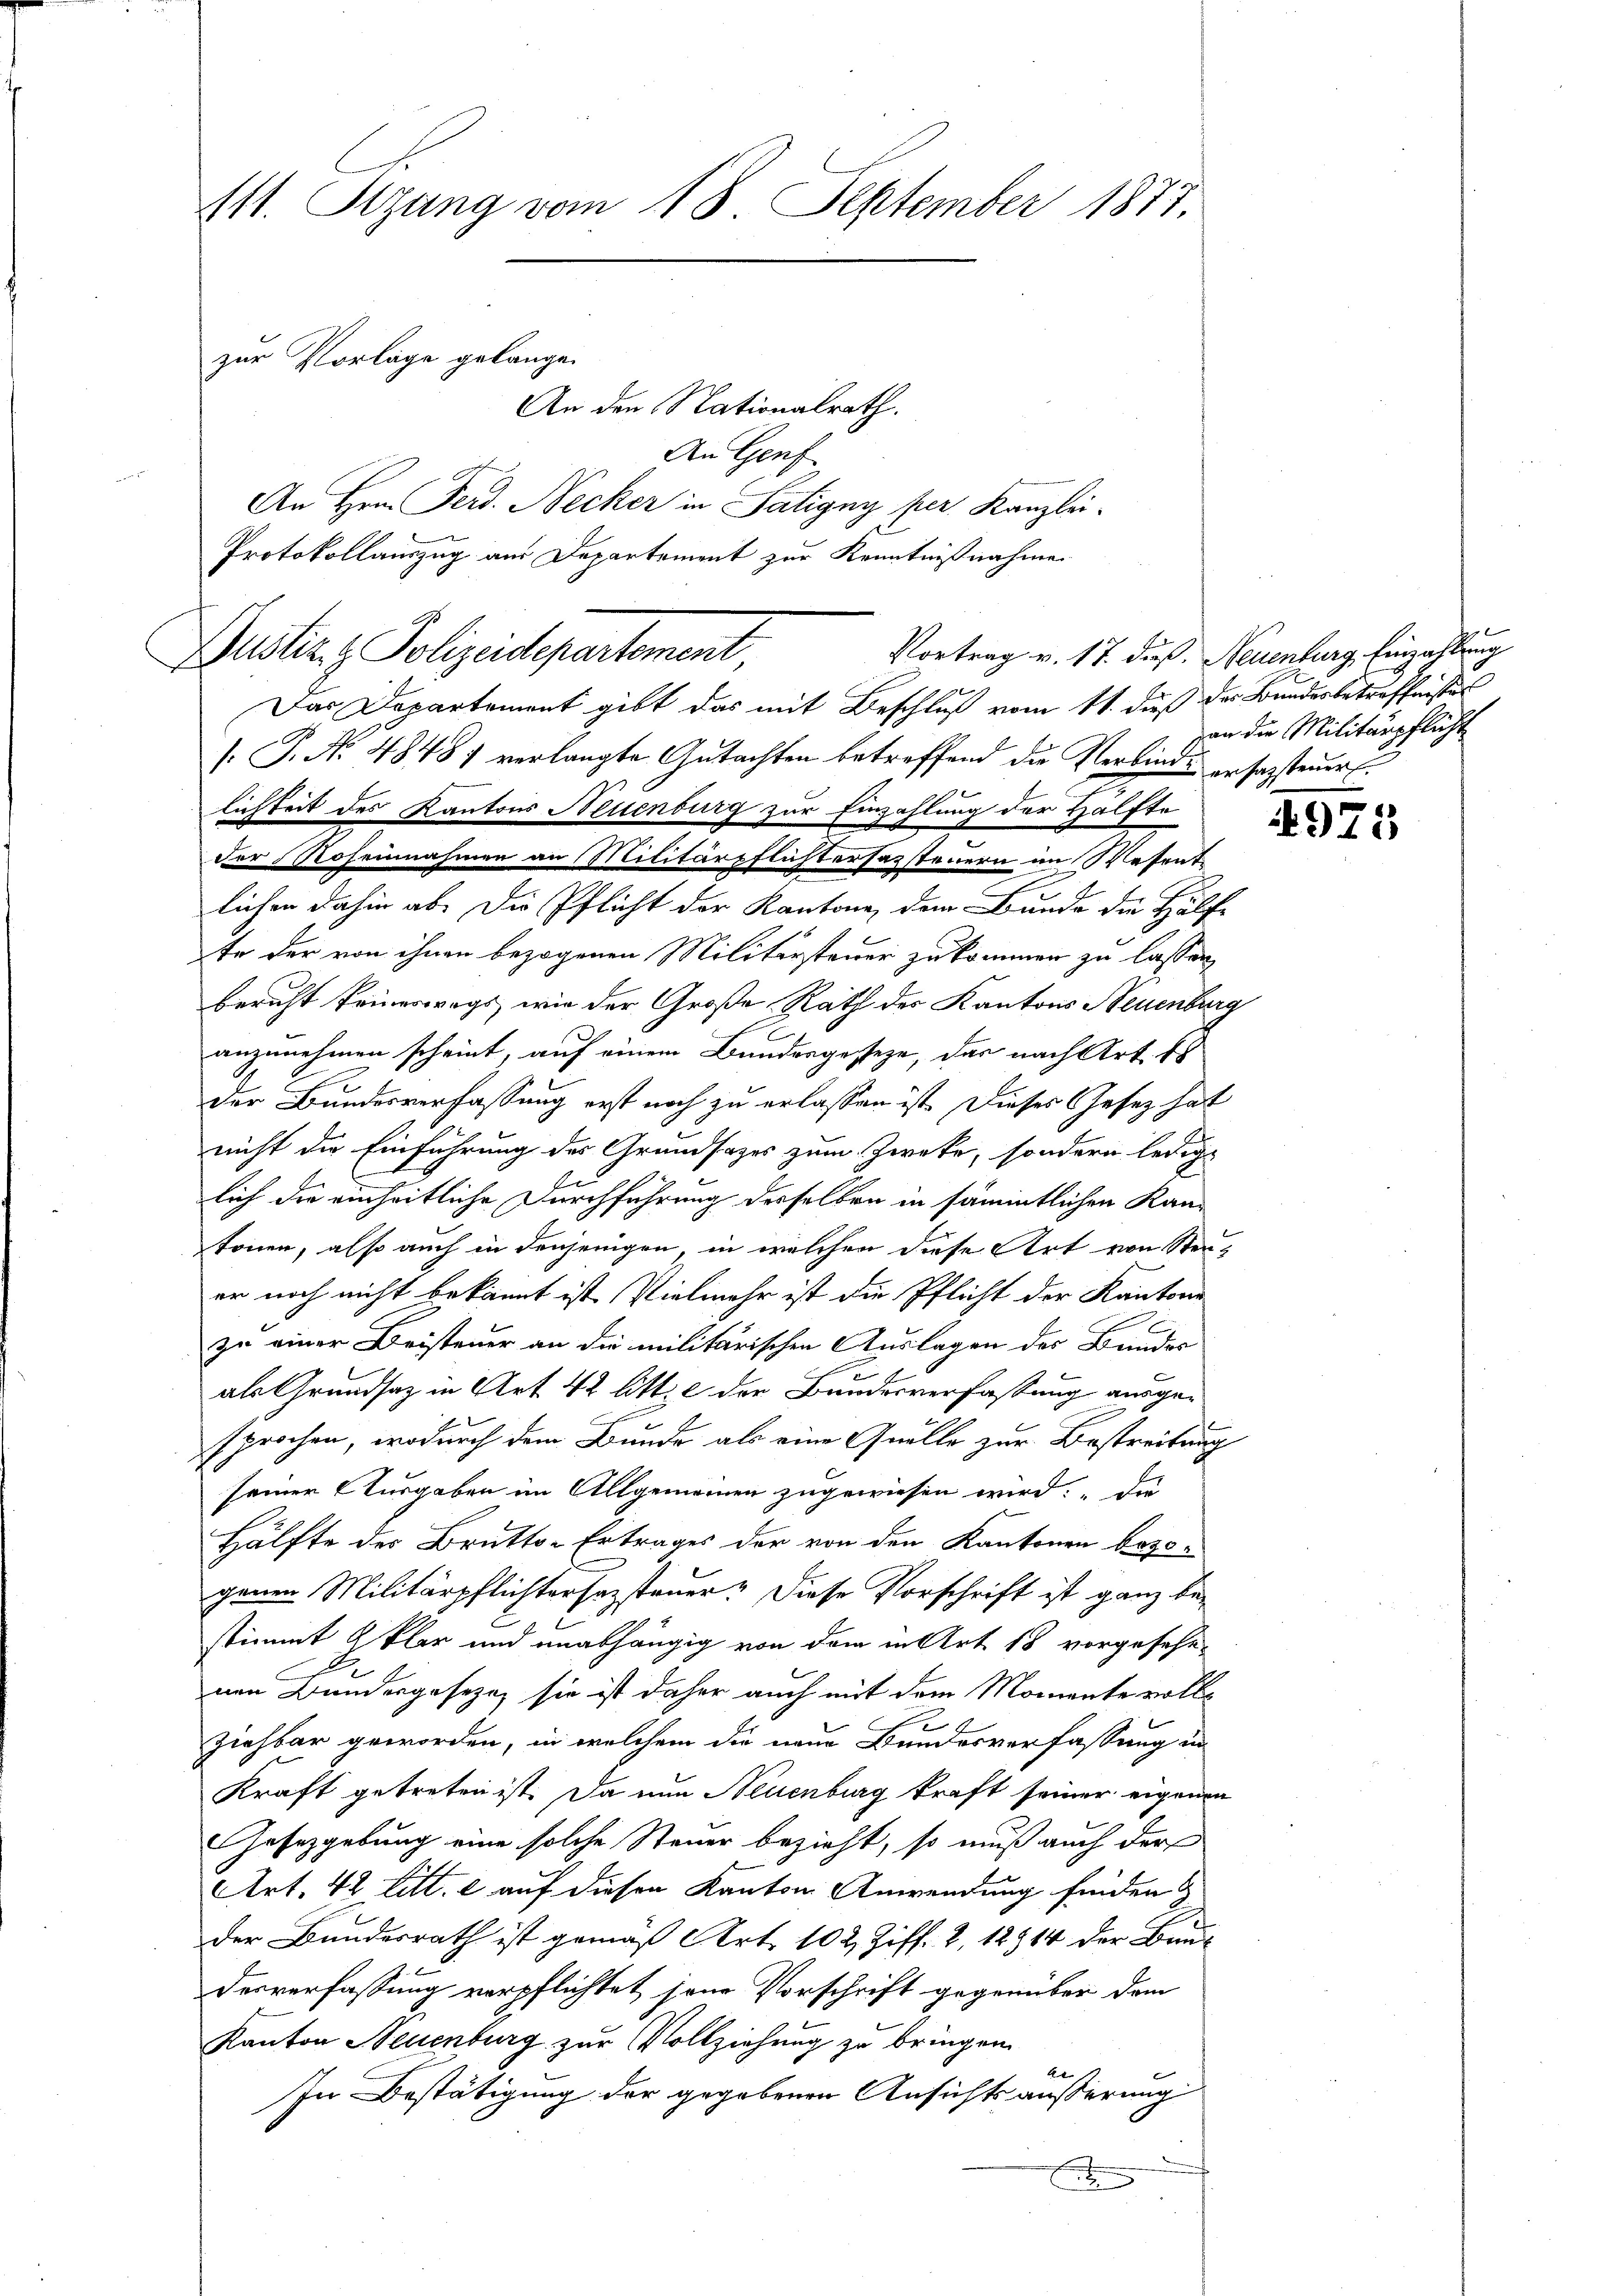
¬

111. Stzung vom 18. September 1877.
zur Vorlage gelangen
An den Nationalrath.
An Genf

An Hrn. Ferd. Necker in Saligny per Kanzlei-
Protokollauszug aus Departement zur Kenntnißnahme
Justiz & Polizeidepartement

Vortrag v. 17. Fuß. Neuenburg, Einzahlung

Das Departement gibt das mit Beschluß vom 11. dieß des Bunderbetreffenstal
[.P. No 4848) verlangte Gutachten betreffend die Verbinde ersagstener E.
te der von ihnen bezogenen Militärsteuer zukommen zu lassen,
bericht keineswegs, wie der Große Rath des Kantons Neuenburg
anzunehmen scheint, auf einem Bundesgeseze, das nach Art. Es
der Bundesverfassung erst noch zu erlassen ist. Dieses Gesetz hat
nicht die Einführung des Grundsazes zum Zwecke, sondern ledige
lich die einheitliche Durchführung desselben in sämmtlichen Kantönen, also auch in denjenigen, in welchen diese Art von Steuer noch nicht bekannt ist. Vielmehr ist die Pflicht der Kantone
zu einer Beisteuer an die militarischen Auslagen des Bruder
als Grundsaz in Art. 42 litt. c der Bundesverfassung ausgesprochen, wodurch dem Bunde als eine Quelle zur Bestreitung
seiner Ausgaben im Allgemeinen zugewiesen wird: „Di
Hälfte des Brutto. Ertrages der von den Kantonen bezogenen Militärpflichtersezsteuer. Diese Vorschrift ist ganz bestimmt & klar und unabhängig von dem in Art. 18 vorgesehenen Bundesgeseze, sie ist daher auch mit dem Momente vollziehbar geworden, in welchem die neue Bundesverfassung in
Kraft getreten ist. Da nun Neuenburg kraft seiner eigenen
Gesetzgebung eine solche Steuer bezieht, so muß auch der
Art. 42 Litt. c auf diesen Kanton Anwendung finden &
Der Bundesrath ist gemäß Art. 102 Ziff. 2, 12914 der Bau-
Desverfassung verpflichtet, jene Vorschrift gegenüber dem
Kanton Neuenburg zur Vollziehung zu bringen.
e
In Bestätigung der gegebenen Ansichts äusserung

lichkeit des Kantons Neuenburg zur Einzahlung der Hälfte
der Roheinahmen an Militärpflichtersazsteuern im Wesent
lichen dahin ab. Die Pflicht der Kantone dem Bunde die Hälf

an die Militärpflicht

4971